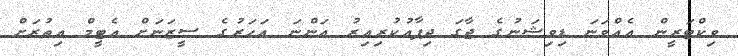
ވިކްޓަރީން އެއްވަނަ ޑިވިޝަނުގެ ޖާގަ ދިފާއުކުރިއިރު އަންނަ އަހަރުގެ ސީޒަނަށް އެޓީމް އިތުރަށް